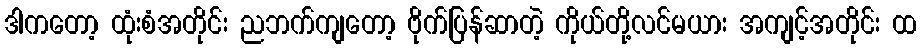
ဒါကတော့ ထုံးစံအတိုင်း ညဘက်ကျတော့ ဗိုက်ပြန်ဆာတဲ့ ကိုယ်တို့လင်မယား အကျင့်အတိုင်း ထ